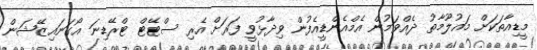
މީޑިއާތަކަށް މައުލޫމާތު ދެއްވަމުން އެމްއެންޑީއެފުން ވިދާޅުވީ ފަރަށް އެރި ސްޓޭޓް ޓްރޭޑިނަ އޯގަނައިޒޭޝަން